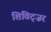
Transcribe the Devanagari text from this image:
शिविट्ज़र